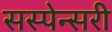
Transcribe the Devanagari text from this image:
सस्पेन्सरी